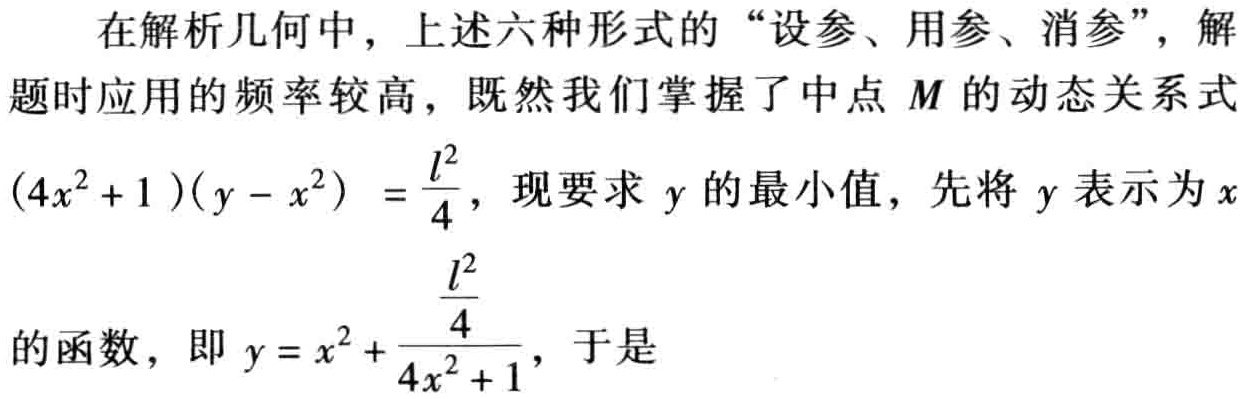
在解析几何中，上述六种形式的“设参、用参、消参”，解题时应用的频率较高，既然我们掌握了中点 \(M\) 的动态关系式\((4x^{2}+1)(y - x^{2})=\frac{l^{2}}{4}\)，现要求 \(y\) 的最小值，先将 \(y\) 表示为 \(x\)的函数，即 \(y = x^{2}+\frac{\frac{l^{2}}{4}}{4x^{2}+1}\)，于是